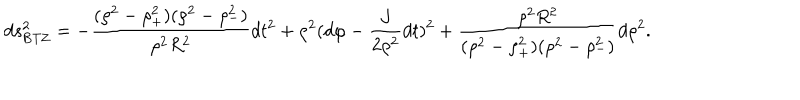
LaTeX: d s _ { \mathrm { B T Z } } ^ { 2 } = - { \frac { ( \rho ^ { 2 } - \rho _ { + } ^ { 2 } ) ( \rho ^ { 2 } - \rho _ { - } ^ { 2 } ) } { \rho ^ { 2 } R ^ { 2 } } } d t ^ { 2 } + \rho ^ { 2 } ( d \varphi - { \frac { J } { 2 \rho ^ { 2 } } } d t ) ^ { 2 } + { \frac { \rho ^ { 2 } R ^ { 2 } } { ( \rho ^ { 2 } - \rho _ { + } ^ { 2 } ) ( \rho ^ { 2 } - \rho _ { - } ^ { 2 } ) } } d \rho ^ { 2 } .